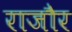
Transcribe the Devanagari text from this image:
राजौर